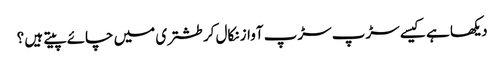
دیکھا ہے کیسے سڑپ سڑپ آواز نکال کر طشتری میں چائے پیتے ہیں ؟